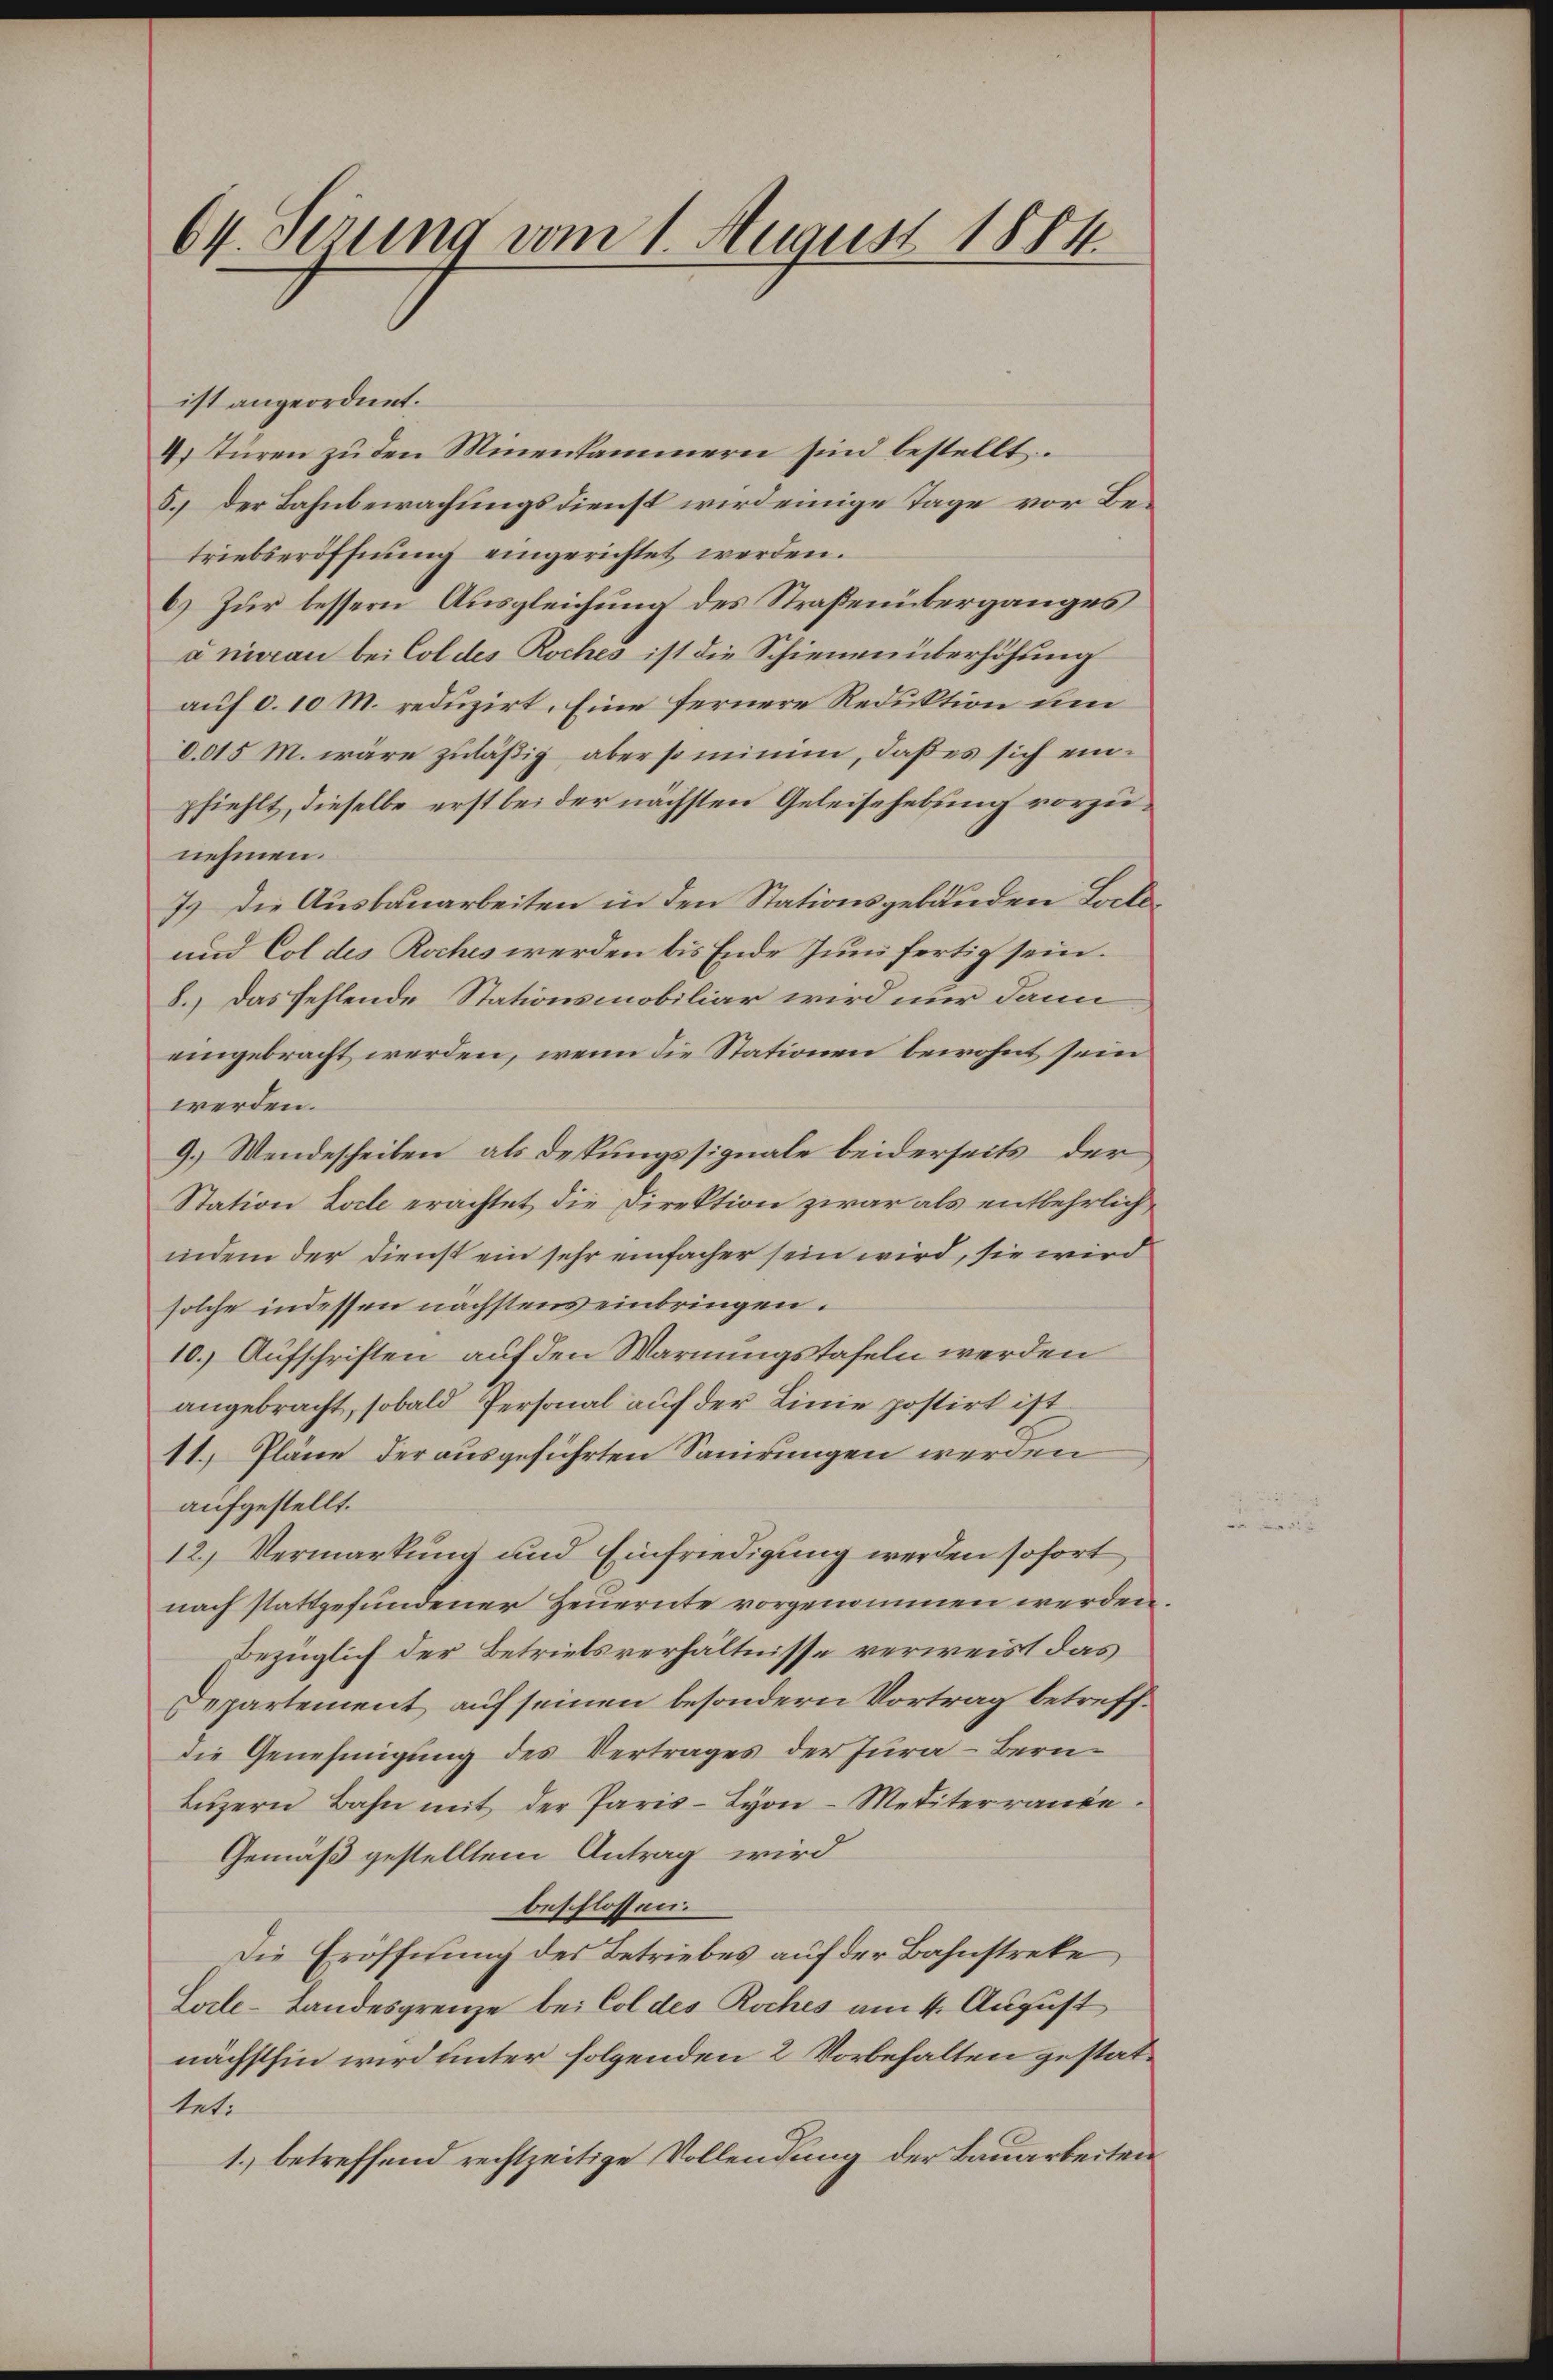
64. Fezung vom 1. August 1884

ist angeordnet.
. Türen zu den Minenkammern sind bestellt.
8.) Der Bahnbewachungsdienst wird einige Tage vor Betriebseröffnung eingerichtet werden.
6) Zur bessern Ausgleichung des Straßenüberganges
à nian bei Col des Roches ist die Schienen überhöhung
auf d. 10 M. reduzirt. Eine fernere Reduktion um
d.015 M. wäre zuläßig aber so minim, daß es sich einpfiehlt, dieselbe erst bei der nächsten Geleisehebung vorzunehmen.
7.) Die Ausbauarbeiten in den Stationsgebäuden Locto¬
und Col des Roches werden bis Ende Juni fertig sein.
8.) Das fehlende Stationsmobiliar wird nur dann
eingebracht werden, wenn die Stationen bewohnt sein
werden.
9.) Wendescheiben als depungssignale beiderseits der
Station Loche erachtet die Direktion zwar als entbehrlichindem der Dienst ein sehr einfacher sein wird, sie wird
solche indessen nächstens einbringen.
10.) Aufschriften auf den Warnungstafeln werden
angebracht, sobald Personal auf der Linie postirt ist
11. Pläne der ausgeführten Sanirungen werden
aufgestellt.
12.) Vermarkung und Einfriedigung werden sofort
nach stattgefundener Heuernte vorgenommen werden
bezüglich der Betriebsverhältnisse verweist das
Departement auf seinen besondern Vortrag betreffdie Genehmigung des Vertrages der Jura - Bern
Lŭzern Bahn mit der Paris-Lyon-Metiterrande.
Gemäß gestelltem Antrag wird
beschlossen:
Die Eröffnung des Betriebes auf der Bahnstreke
Lorle-Landesgrenze bei Col des Roches am 4. August
nächsthin wird unter folgenden 2 Vorbehalten gestattet:
1.) betreffend rechtzeitige Vollendung der Bauarbeiten